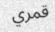
قمري